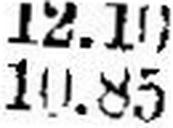
10.85